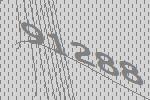
91288